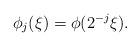
LaTeX: \begin{align*}\phi_{j}(\xi) = \phi(2^{-j}\xi).\end{align*}